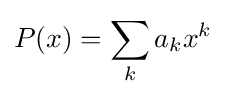
P(x)=\sum _{k}a_{k}x^{k}